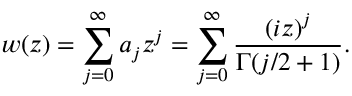
w ( z ) = \sum _ { j = 0 } ^ { \infty } a _ { j } z ^ { j } = \sum _ { j = 0 } ^ { \infty } \frac { ( i z ) ^ { j } } { \Gamma ( j / 2 + 1 ) } .